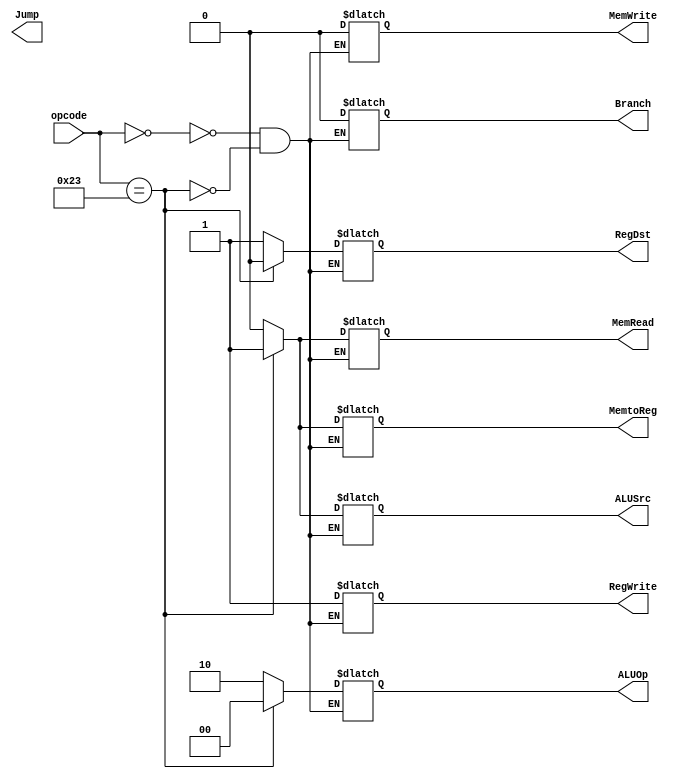
module mainControl(opcode,RegDst,Jump,Branch,MemRead,MemWrite,MemtoReg,ALUOp,ALUSrc,RegWrite);
input [5:0] opcode;
output reg Branch,MemRead,MemWrite,ALUSrc,RegWrite,MemtoReg,RegDst;
output reg [1:0] ALUOp,Jump;

always @(*)
begin
	case (opcode)
		6'b0: // R-type - 0
		begin
		 RegDst = 1;
		 ALUSrc = 0;
		 MemtoReg = 0;
		 RegWrite = 1;
		 MemRead = 0;
		 MemWrite = 0;
		 Branch = 0;
		 ALUOp = 2'b10;
		end
		
		6'b100011: // Load word - 35
		begin
			RegDst = 0;
			ALUSrc = 1;
			MemtoReg = 1;
			RegWrite = 1;
			MemRead = 1;
			MemWrite = 0;
			Branch = 0;
			ALUOp = 2'b00;
		end
		
		
	endcase
end

endmodule